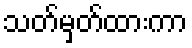
သတ်မှတ်ထားကာ